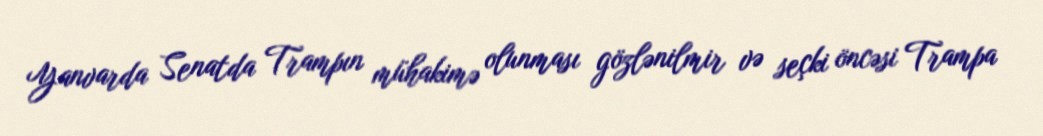
Yanvarda Senatda Trampın mühakimə olunması gözlənilmir və seçki öncəsi Trampa